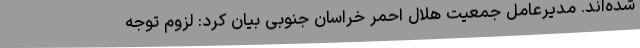
شده‌اند. مدیرعامل جمعیت هلال احمر خراسان جنوبی بیان کرد: لزوم توجه